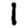
Digit: 1